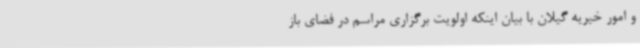
و امور خیریه گیلان با بیان اینکه اولویت برگزاری مراسم در فضای باز